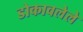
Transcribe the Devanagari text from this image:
डोकावलेले